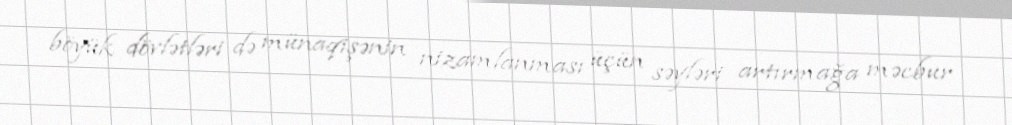
böyük dövlətləri də münaqişənin nizamlanması üçün səyləri artırmağa məcbur